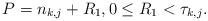
\begin{align*}P=n_{k,j}+R_1, 0\leq R_1< \tau_{k,j}.\end{align*}